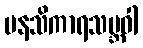
မနသိကာရသမ္ဘဝါ